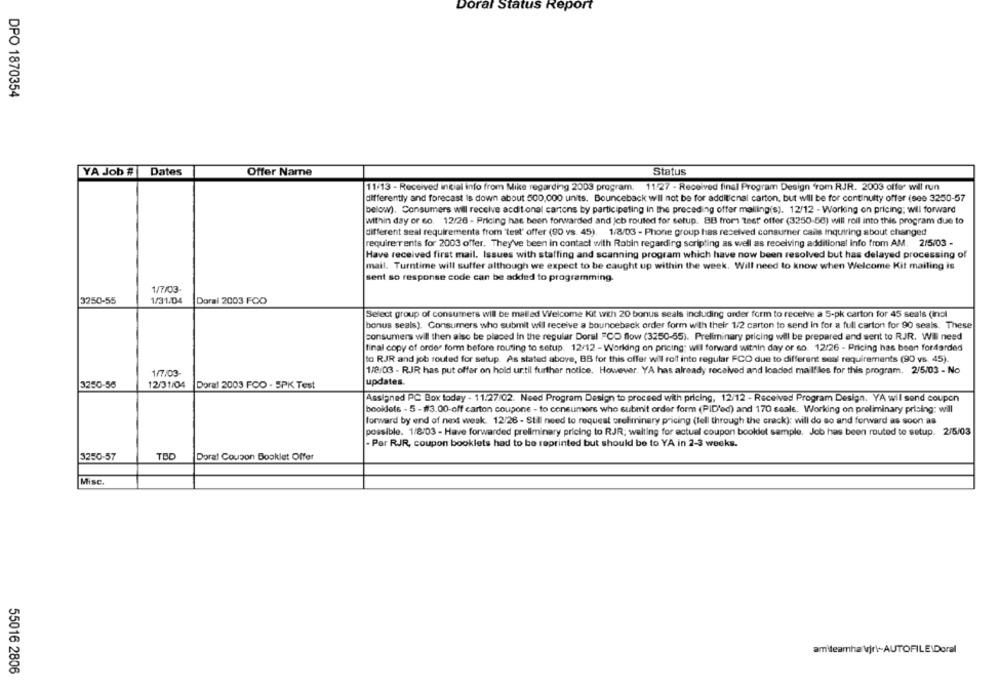
Doral Status Report
DPO 1870354
YA Job #|Dates
Offer Name
Status
11.13 - Received intial info from Mike regarding 2003 program, 11:27 - Received final Program Design 'rom RJR. 2003 offer will run
differently and forecast is down about 500,000 units. Bounceback will not be for additional carton, but will be for continuity offer (see 3250-57
below). Consumers will receive acdit onal cartons by participating in the preceding offer mailing(s). 12/12 - Working on pricing; will forward
within day or co. 12/26 - Pricing has been forwarded and jcb routed for setup. BB from test' offer (3250-50) will roll into this program due to
different seal requirements from "test" offer (90 vs. 45). 1/8/03 - Phone group has received consumer calls inquiring about changed
requirements for 2003 offer. They've been in contact with Robin regarding scripting as well as receiving additional info from AM. 2/5/03 -
Have received first mail. Issues with staffing and scanning program which have now been resolved but has delayed processing of
mail. Turntime will suffer although we expect to be caught up within the week. Will need to know when Welcome Kit mailing is
sent so response code can be added to programming.
1/7/03-
3250-55
1/31/04
Doral 2003 FOO
Select group of consumers will be mailed Welcome Kit wth 20 bonus seals including order form to receive a 5-pk carton for 45 seals (incl
bonus seals). Consumers who submit will receive a bounceback order form with their 1/2 carton to send in for a full carton for 90 seals. These
consumers will then also be placed in the regular Doral "CO flow (3250-55). Preliminary pricing will be prepared and sent to RJR. Wil need
final copy of order form before routing to setup. 12/12 - Working on pricing: will forward within day or so. 12/26 - Pricing has been fordarded
to RJR and job routed for setup. As stated above, BB for this offer will roff into regular FCO due to different seal requirements (90 vs. 45).
1/7/03-
1/2/03 - RJR has put offer on hold ur.til further notice. However. YA has already received and loaded mailfiles for this program. 2/5/03 - No
3250-56
12/31/04 Doral 2003 FCO - 5PK Test
updates.
Assigned PC Box today - 11.27/02. Need Program Design to proceed with pricing, 12/12 - Received Program Design. YA will send coupon
booldets - 5 - 113.00-off carton coupone - to consumers who submit order form (PID'ed) and 170 seale. Working on preliminary prising: will
forward by end of next week. 12/26 - Still need to request preliminary pricing (fell through the crack): will do so and forward as soon as
possible. 1/8/03 - Have forwarded preliminary pricing to RJR; waiting for actual coupon booklet sample. Job has been routed to setup. 2/5/03
. Per RJR, coupon booklets had to be reprinted but should be to YA in 2-3 weeks.
3250-57
TBD
Doral Coupon Booklet Offer
Misc.
amiteamha \jr\~AUTOFILE\Doral
55016 2806